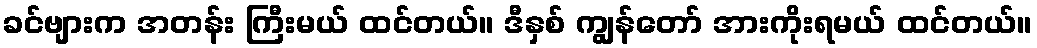
ခင်ဗျားက အတန်း ကြီးမယ် ထင်တယ်။ ဒီနှစ် ကျွန်တော် အားကိုးရမယ် ထင်တယ်။